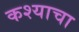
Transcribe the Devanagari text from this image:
कश्याचा